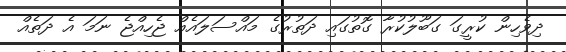
ދިވެހިން ކުރީގަ ގަބޫލުކުރާ ގޮތުގައި ދަތުރުގެ މައްސަލައެއް ޖެހިއްޖެ ނަމަ އެ ދަތެއް